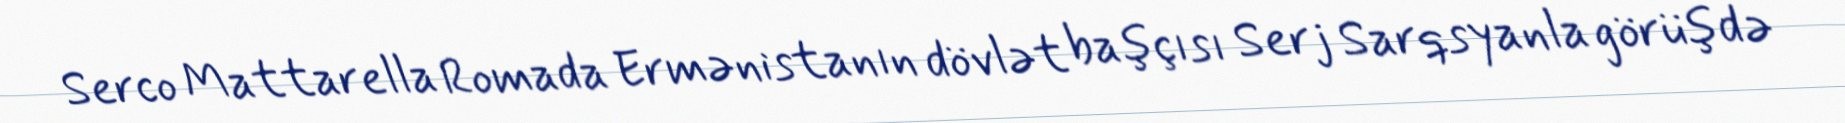
Serco Mattarella Romada Ermənistanın dövlət başçısı Serj Sarqsyanla görüşdə